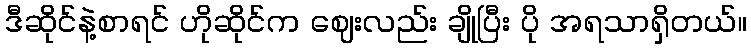
ဒီဆိုင်နဲ့စာရင် ဟိုဆိုင်က ဈေးလည်း ချိုပြီး ပို အရသာရှိတယ်။